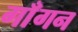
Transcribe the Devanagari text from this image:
गाँगन